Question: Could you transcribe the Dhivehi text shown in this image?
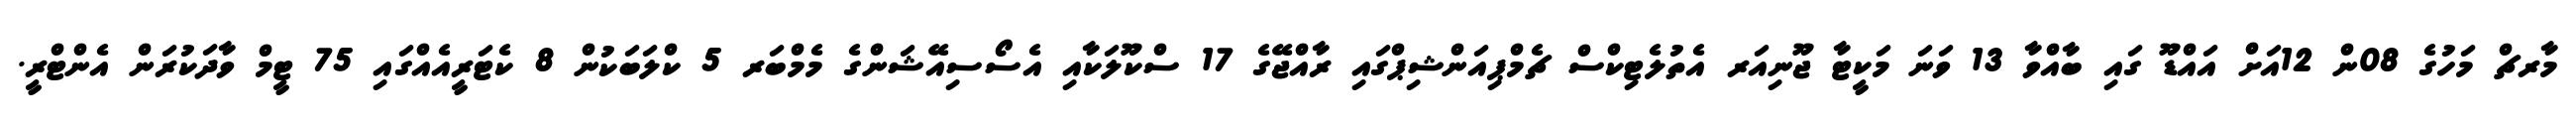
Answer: މާރޗް މަހުގެ 08ން 12އަށް އައްޑޫ ގައި ބާއްވާ 13 ވަނަ މަކީޓާ ޖޫނިއަރ އެތުލެޓިކްސް ޗެމްޕިއަންޝިޕްގައި ރާއްޖޭގެ 17 ސްކޫލަކާއި އެސޯސިއޭޝަންގެ މެމްބަރ 5 ކްލަބަކުން 8 ކެޓަރީއެއްގައި 75 ޓީމް ވާދަކުރަން އެންޓްރީ.